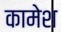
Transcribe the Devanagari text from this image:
कामेश